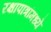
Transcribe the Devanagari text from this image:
रक्षापात्रांमध्ये